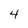
Character: 4